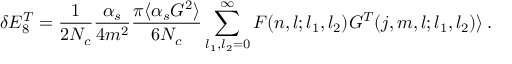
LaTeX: \delta E _ { 8 } ^ { T } = { \frac { 1 } { 2 N _ { c } } } { \frac { \alpha _ { s } } { 4 m ^ { 2 } } } { \frac { \pi \langle \alpha _ { s } G ^ { 2 } \rangle } { 6 N _ { c } } } \sum _ { l _ { 1 } , l _ { 2 } = 0 } ^ { \infty } F ( n , l ; l _ { 1 } , l _ { 2 } ) G ^ { T } ( j , m , l ; l _ { 1 } , l _ { 2 } ) \rangle \, .